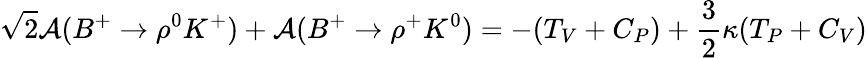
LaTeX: \sqrt{2}{\cal A}(B^{+}\rightarrow\rho^{0}K^{+})+{\cal A}(B^{+}\rightarrow\rho^{+}K^{0})=-(T_{V}+C_{P})+\frac{3}{2}\kappa(T_{P}+C_{V})